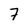
Character: 7